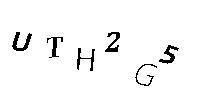
UTH2G5